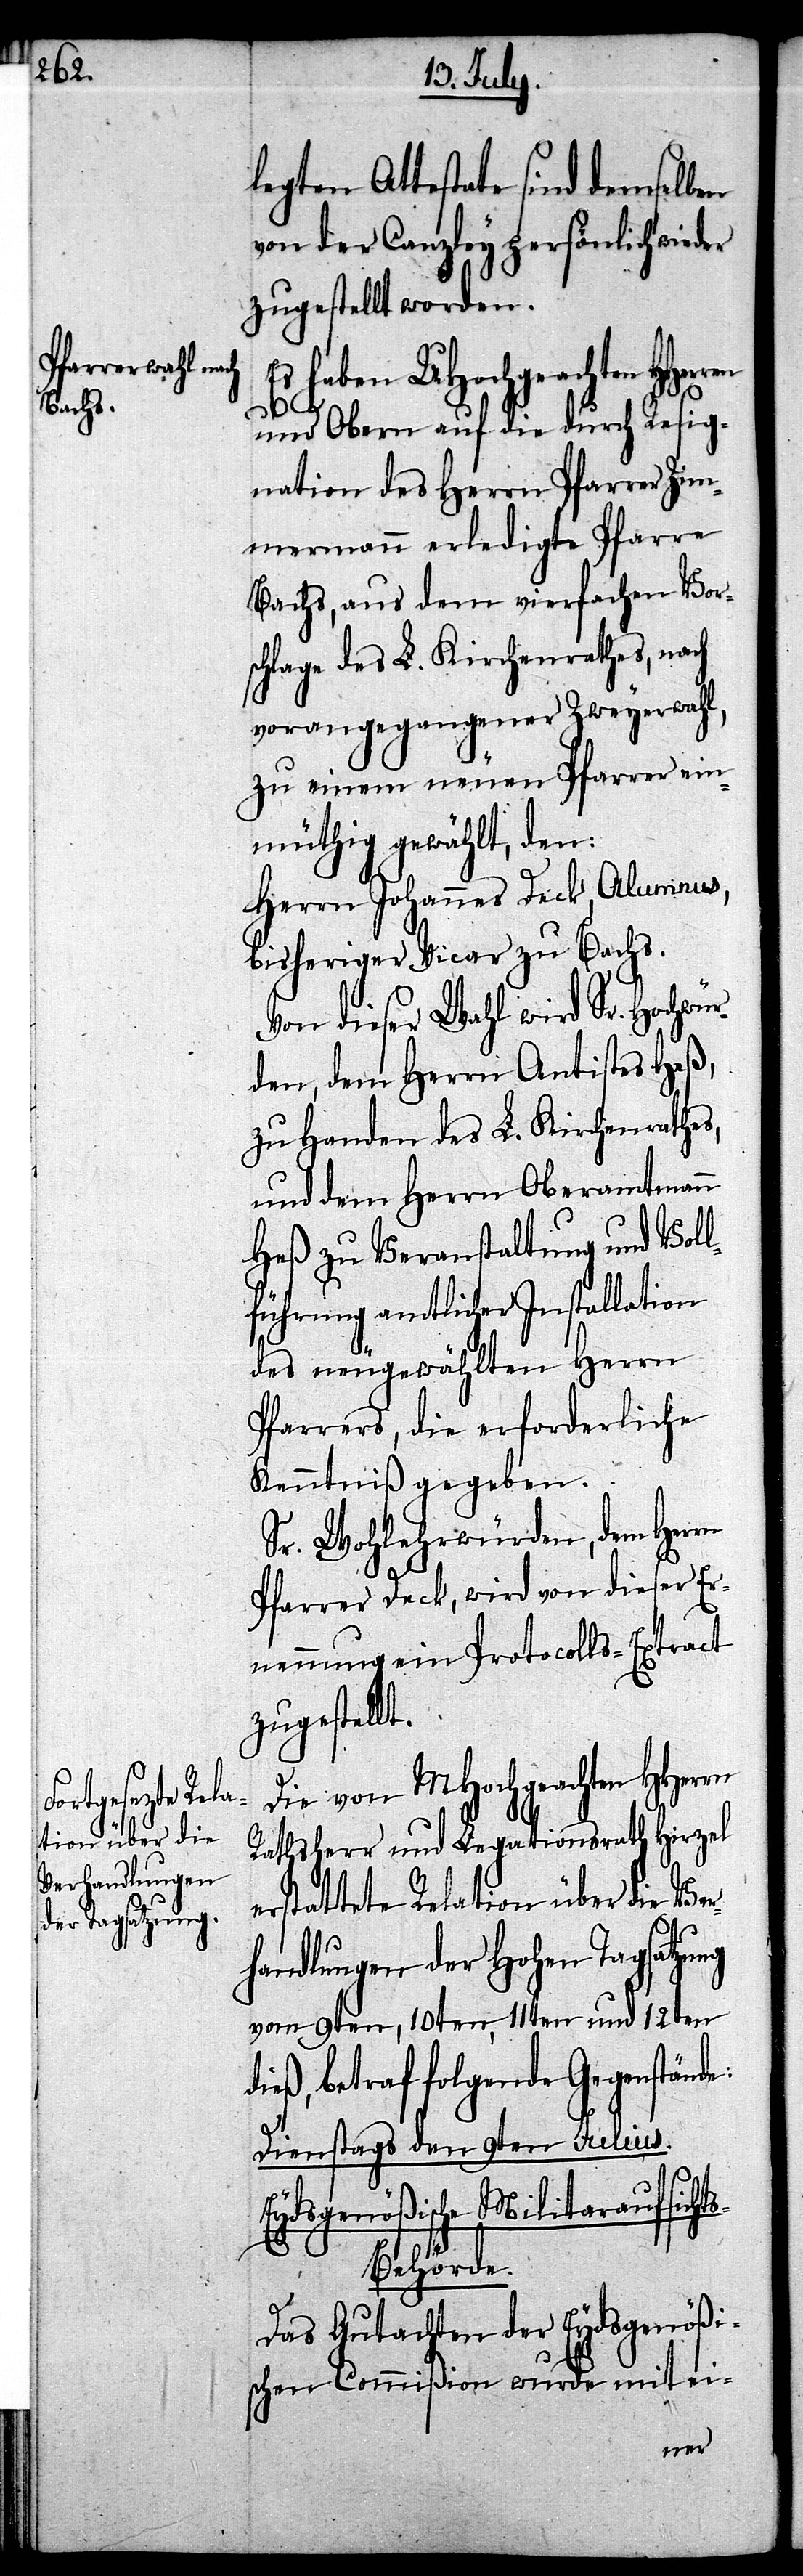
legten Attestate sind demselben
von der Canzley persönlich wieder
zugestellt worden.
Es haben UHochgeachten HHer¬
e:
und Obern auf die durch Resig¬
nation des Herrn Pfarrer Zim¬
mermann erledigte Pfarre
Bachs, aus dem vierfachen Vor¬
schlage des L. Kirchenrathes, nach
vorangegangener Zweyerwahl,
zu einem neuen Pfarrer ein¬
müthig gewählt, den:
Herrn Johannes Deck, Alumnus,
bisheriger Vicar zu Bachs.
Von dieser Wahl wird Sr. Hochwür¬
digen, dem Herrn Antistes Heß,
zu Handen des L. Kirchenrathes,
und dem Herrn Oberamtmann
Heß zu Veranstaltung und Voll¬
führung amtlicher Installation
des neugewählten Herrn
Pfarrers, die erforderliche
Kenntniß gegeben.
Sr. Wohlehrwürden, dem Herrn
Pfarrer Deck, wird von dieser Er¬
nennung ein Protocolls-Extract
zugestellt.
Die von MHochgeachten HHerrn
Rathsherr und Legationsrath Hirzel
erstattete Relation über die Ver¬
handlungen der Hohen Tagsatzung
vom 9ten, 10ten, 11ten und 12ten
betraf folgende Gegenständ¬
Dienstag den 9ten Julius.
Eydsgenößische Militaraufsicht¬
s-Behörde.
Das Gutachten der Eydsgenößi¬
schen Commißion wurde mit ei-